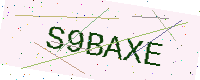
Text: S9BAXE